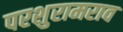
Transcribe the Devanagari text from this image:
परशुरामराव